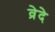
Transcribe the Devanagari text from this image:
व्रेदे